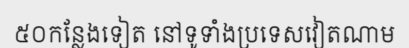
៥០កន្លែងទៀត នៅទូទាំងប្រទេសវៀតណាម